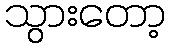
သွားတော့